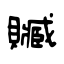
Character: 贓